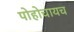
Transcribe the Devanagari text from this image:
पोहोचायच